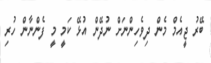
ބޭރު ޖީއެމް މެން ދިވެހިންނަށް ނުދޭން އުޅޭ ކަމީ މީ ފެންނާން ހުރި